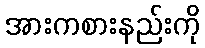
အားကစားနည်းကို